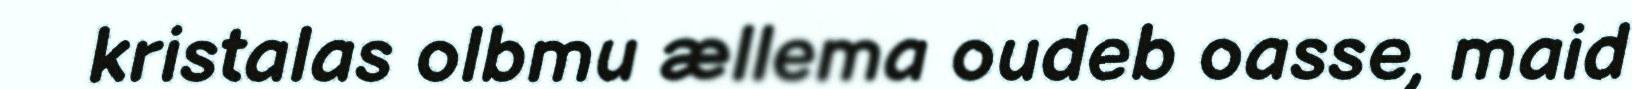
kristalas olbmu ællema oudeb oasse, maid